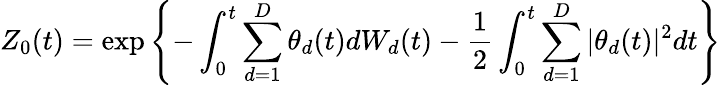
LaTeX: Z_{0}(t)=\exp\left\{ -\int_{0}^{t}\sum_{d=1}^{D}\theta_{d}(t)dW_{d}(t)-{\frac{1}{2}}\int_{0}^{t}\sum_{d=1}^{D}|\theta_{d}(t)|^{2}dt\right\}